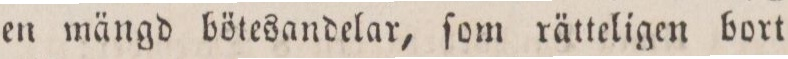
en mängd bötesandelar, ſom rätteligen bort